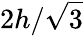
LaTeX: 2h/{\sqrt{3}}